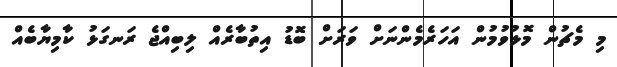
މި މެޗުން މޮޅުވުމުން އަހަރެމެންނަށް ވަރަށް ބޮޑު އިތުބާރެއް ލިބިއްޖެ ރަނގަޅު ކާމިޔާބެއް